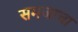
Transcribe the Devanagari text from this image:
समजाचा